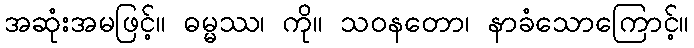
အဆုံးအမဖြင့်။ ဓမ္မဿ၊ ကို။ သဝနတော၊ နာခံသောကြောင့်။